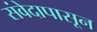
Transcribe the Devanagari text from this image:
संवेदापासून